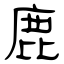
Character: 鹿